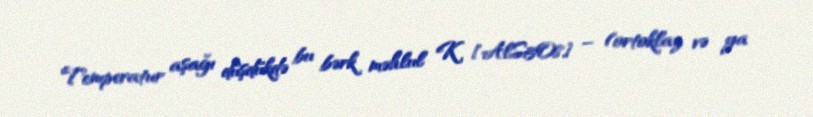
Temperatur aşağı düşdükdə bu bərk məhlul K [AlSi3O8] – (ortoklaz və ya